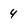
Character: 4